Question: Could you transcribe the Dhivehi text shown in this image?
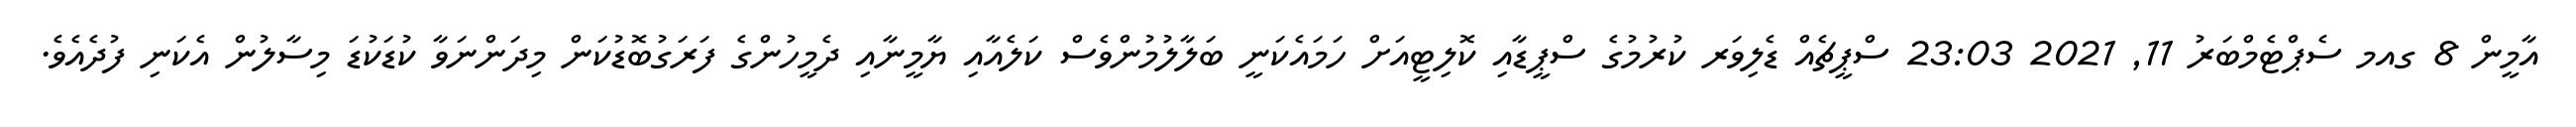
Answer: އާމީން 8 ގއމ ސެޕްޓެމްބަރު 11, 2021 23:03 ސްޕީޗެއް ޑެލިވަރ ކުރުމުގެ ސްޕީޑާއި ކޮލިޓީއަށް ހަމައެކަނީ ބަލާލުމުންވެސް ކަލެއާއި ޔާމީނާއި ދެމީހުންގެ ފަރަގުބޮޑުކަން މިދަންނަވާ ކުޑަކުޑަ މިސާލުން އެކަނި ފުދެއެވެ.